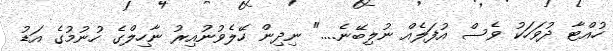
ހުއްޓާ ދުވަހަކު ވެސް އުފަލެއް ނުލިބޭނެ...." ނިދިން ހޭލެވުނުއިރު ނާހިލްގެ ހުނުމުގެ އަޑު